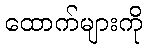
ထောက်များကို